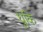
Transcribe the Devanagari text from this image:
धुकि